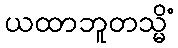
ယထာဘူတသ္မိံ